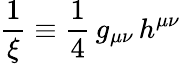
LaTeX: \frac{1}{\xi}\equiv\frac{1}{4}\, g_{\mu\nu}\, h^{\mu\nu}